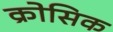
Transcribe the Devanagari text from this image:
क्रोसिक